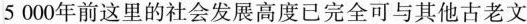
5000年前这里的社会发展高度已完全可与其他古老文